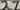
Text: 27